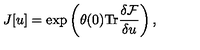
{ J } [ u ] = \exp \left( \theta ( 0 ) \mathrm { T r } \frac { \delta { \cal F } } { \delta { u } } \right) ,